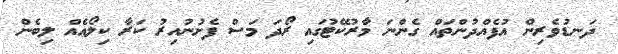
ދަނޑުވެރިން އުފެއްދުންތައް ގެންނަ މާރުކޭޓުގައި ރޯދަ މަސް ފެށުނުއިރު ކަރާ ކިލޯއެއް ލިބެން